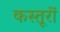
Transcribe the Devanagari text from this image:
कस्तूरों